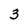
Character: 3